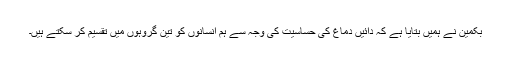
بکمین نے ہمیں بتایا ہے کہ دائیں دماغ کی حساسیت کی وجہ سے ہم انسانوں کو تین گروہوں میں تقسیم کر سکتے ہیں۔